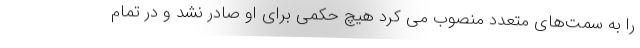
را به سمت‌های متعدد منصوب می کرد هیچ حکمی برای او صادر نشد و در تمام